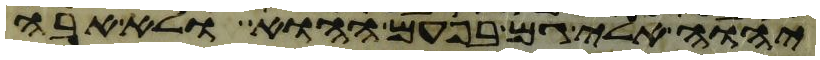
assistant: יהוה אלי גם בפעם ההוא ולא אבה